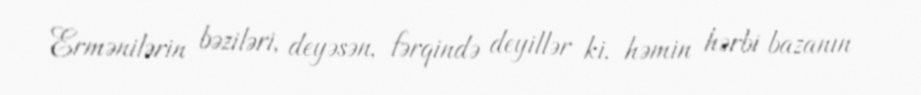
Ermənilərin bəziləri, deyəsən, fərqində deyillər ki, həmin hərbi bazanın